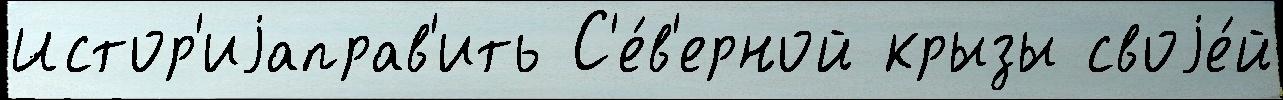
Истор'иjаправ'ить С'е́в'ерной крызы своjе́й